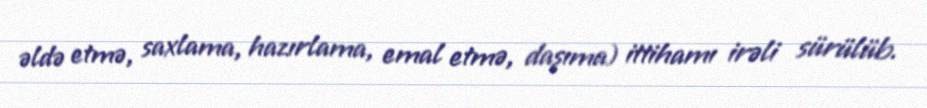
əldə etmə, saxlama, hazırlama, emal etmə, daşıma) ittihamı irəli sürülüb.